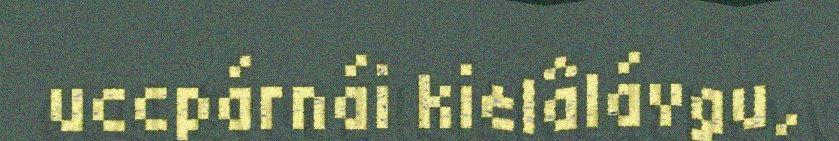
uccpárnái kielâlávgu,